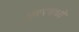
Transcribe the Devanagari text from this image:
भुवनमध्ये